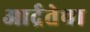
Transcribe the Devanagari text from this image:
आर्द्रतेचा